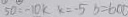
5 0 = - 1 0 k k = - 5 b = 6 0 0